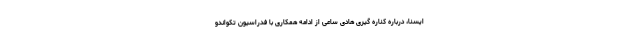
ایسنا، درباره کناره گیری هادی ساعی از ادامه همکاری با فدراسیون تکواندو